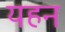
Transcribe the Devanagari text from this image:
यहन